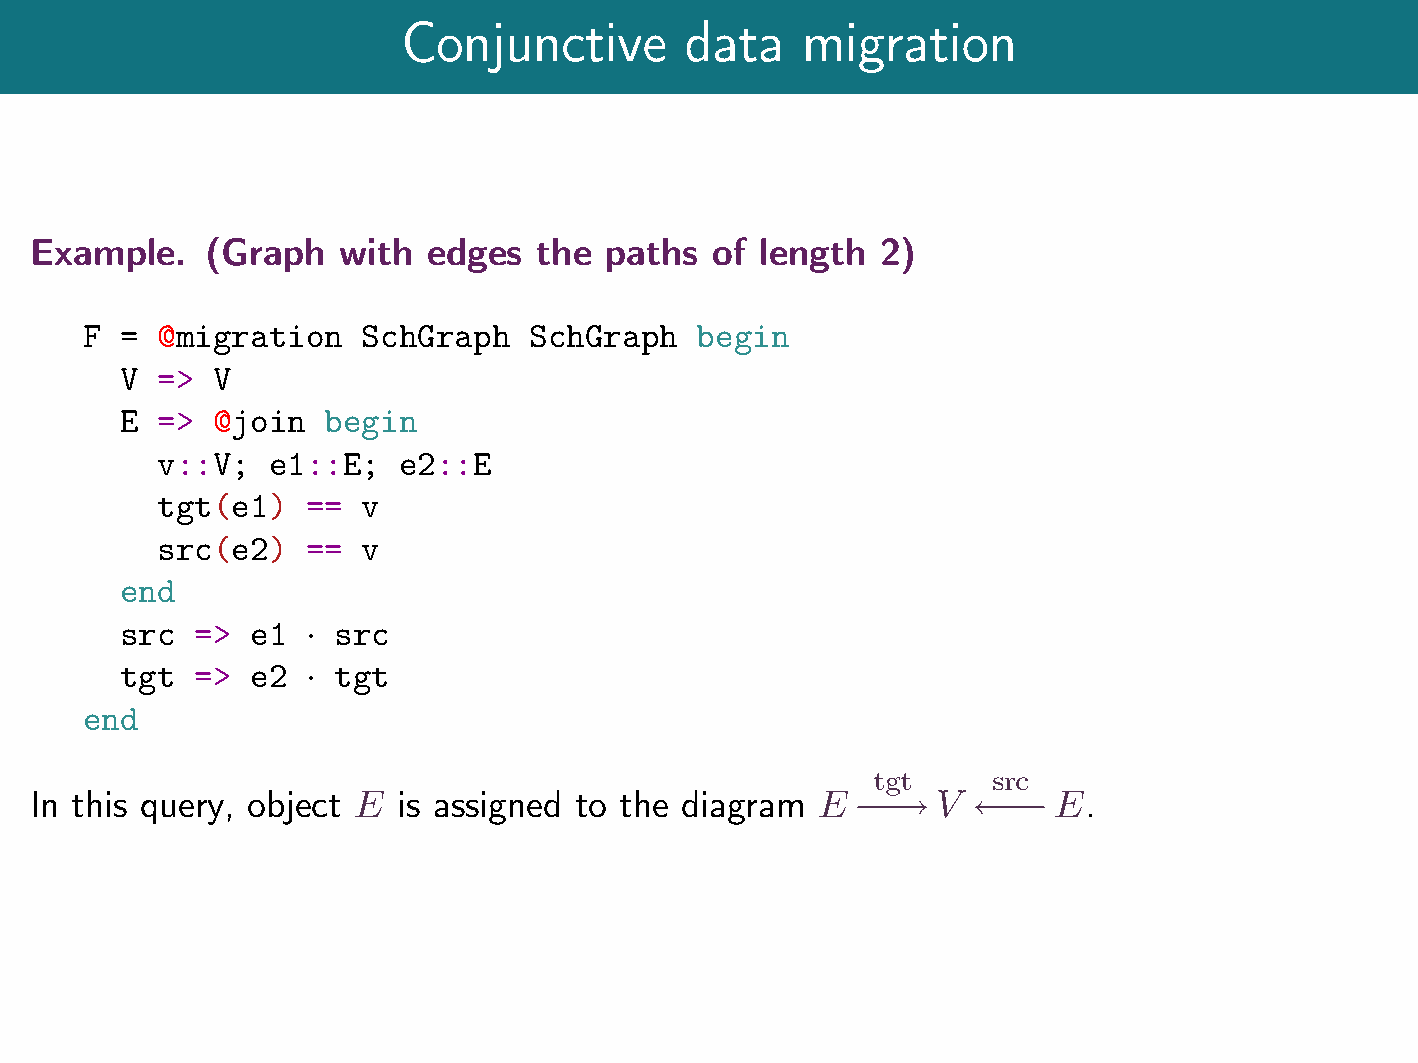
Conjunctive       data    migration
 Example.    (Graph  with  edges  the  paths  of length  2)
 F  = @migration    SchGraph   SchGraph   begin
 V =>  V
 E =>  @join  begin
 v::V;   e1::E;  e2::E
 tgt(e1)   ==  v
 src(e2)   ==  v
 end
 src  =>  e1   src

 tgt  =>  e2   tgt

 end
 tgt     src
 In this query, object E is assigned to the diagram  E       V       E.
 !!!!!!!!!!!!!!!!!!!!